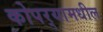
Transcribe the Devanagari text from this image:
कोपर्‍यामधील